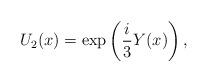
LaTeX: \begin{align*}U_{2} (x) = \exp \left ( \frac{i}{3} Y(x) \right ),\end{align*}